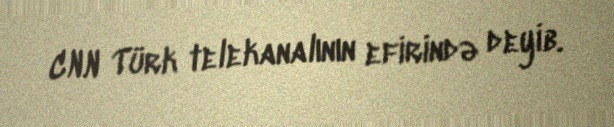
CNN Türk telekanalının efirində deyib.